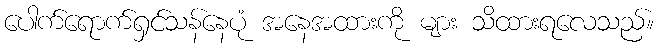
ပေါက်ရောက်ရှင်သန်နေပုံ အနေအထားကို များ သိထားရလေသည်။